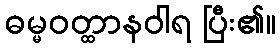
ဓမ္မဝတ္ထာနဝါရ ပြီး၏။